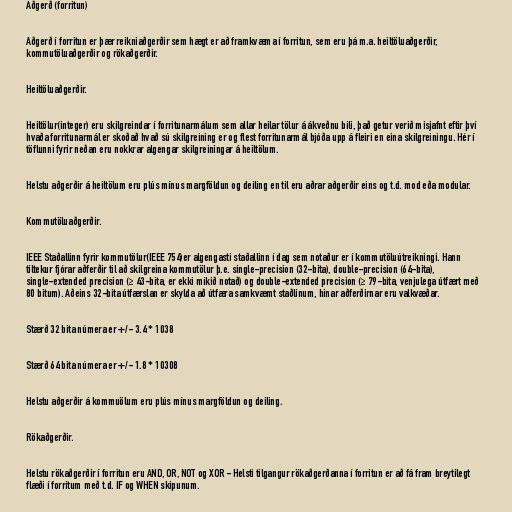
Aðgerð (forritun)

Aðgerð í forritun er þær reikniaðgerðir sem hægt er að framkvæma í forritun, sem eru þá m.a. heiltöluaðgerðir,
kommutöluaðgerðir og rökaðgerðir.

Heiltöluaðgerðir.

Heiltölur(integer) eru skilgreindar í forritunarmálum sem allar heilar tölur á ákveðnu bili, það getur verið misjafnt eftir því
hvaða forritunarmál er skoðað hvað sú skilgreining er og flest forritunarmál bjóða upp á fleiri en eina skilgreiningu. Hér í
töflunni fyrir neðan eru nokkrar algengar skilgreiningar á heiltölum.

Helstu aðgerðir á heiltölum eru plús mínus margföldun og deiling en til eru aðrar aðgerðir eins og t.d. mod eða modular.

Kommutöluaðgerðir.

IEEE Staðallinn fyrir kommutölur(IEEE 754)er algengasti staðallinn í dag sem notaður er í kommutöluútreikningi. Hann
tiltekur fjórar aðferðir til að skilgreina kommutölur þ.e. single-precision (32-bita), double-precision (64-bita),
single-extended precision (≥ 43-bita, er ekki mikið notað) og double-extended precision (≥ 79-bita, venjulega útfært með
80 bitum). Aðeins 32-bita útfærslan er skylda að útfæra samkvæmt staðlinum, hinar aðferðirnar eru valkvæðar.

Stærð 32 bita númera er +/- 3.4 * 1038

Stærð 64 bita númera er +/- 1.8 * 10308

Helstu aðgerðir á kommuölum eru plús mínus margföldun og deiling.

Rökaðgerðir.

Helstu rökaðgerðir í forritun eru AND, OR, NOT og XOR - Helsti tilgangur rökaðgerðanna í forritun er að fá fram breytilegt
flæði í forritum með t.d. IF og WHEN skipunum.